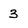
Character: 3